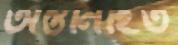
অন্তর্নিহিত